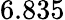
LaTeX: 6.835